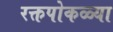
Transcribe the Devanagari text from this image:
रक्तपोकळ्या